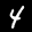
Label: 4